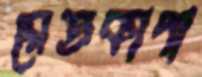
রেতকাপা